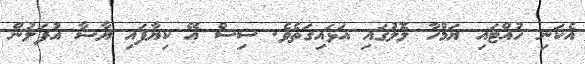
އެކަނި ހުއްޓައި ޔަމްހާ ލޮލުގައި އަޅައިގަތެވެ. ސިސް އޭ ކިޔާފައި ޔާޝާ އުފަލުން